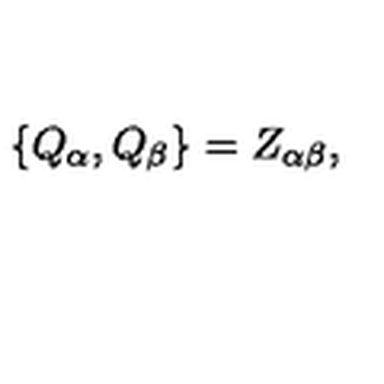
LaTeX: \{ Q _ { \alpha } , Q _ { \beta } \} = Z _ { \alpha \beta } ,